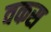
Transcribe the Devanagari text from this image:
वकस